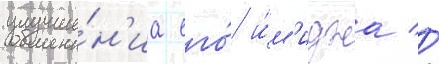
улучше́н'иа его́ и́м'иджа //